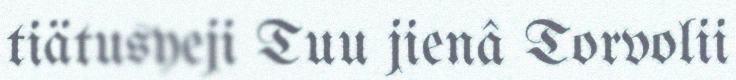
tiätusyeji Tuu jienâ Torvolii